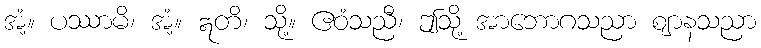
အံ့။ ပဿာမိ၊ အံ့။ ဣတိ၊ သို့။ ဧဝံသညီ၊ ဤသို့ အာဘောဂသညာ ဈာနသညာ